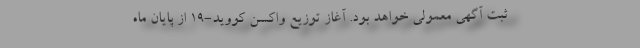
ثبت آگهی معمولی خواهد بود. آغاز توزیع واکسن کووید-۱۹ از پایان ماه